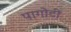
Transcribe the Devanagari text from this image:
पागोटी